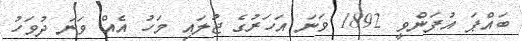
ބައްޕަ އުފަންވީ 1892 ވަނަ އަހަރުގެ ޖުލައި މަހު އެއް ވަނަ ދުވަހު